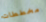
مخططات